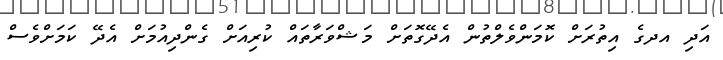
އަދި އދގެ އިތުރަށް ކޮމަންވެލްތުން އެދޭގޮތަށް މަޝްވަރާތައް ކުރިއަށް ގެންދިއުމަށް އެދޭ ކަމަށްވެސް